Vaccination report Assam 1896-1927 - 1896-1927
Year: 1896
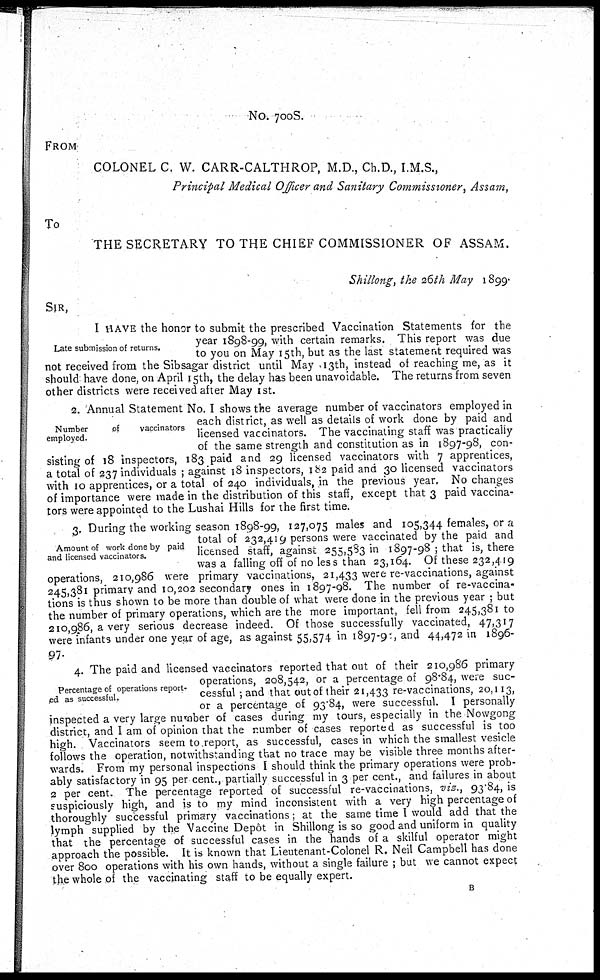
No. 700S.
FROM
COLONEL C. W. CARR-CALTHROP, M.D., Ch.D., I.M.S.,
Principal Medical Officer and Sanitary Commissioner, Assam,
To
THE SECRETARY TO THE CHIEF COMMISSIONER OF ASSAM.
Shillong, the 26th May 1899.
SIR,
Late submission of returns.
I HAVE the honor to submit the prescribed Vaccination Statements for the
year 1898-99, with certain remarks. This report was due
to you on May 15th, but as the last statement required was
not received from the Sibsagar district until May 13th, instead of reaching me, as it
should have done, on April 15th, the delay has been unavoidable. The returns from seven
other districts were received after May 1st.
Number
of
vaccinators
employed.
2. Annual Statement No. I shows the average number of vaccinators employed in
each district, as well as details of work done by paid and
licensed vaccinators. The vaccinating staff was practically
of the same strength and constitution as in 1897-98, con-
sisting of 18 inspectors, 183 paid and 29 licensed vaccinators with 7 apprentices,
a total of 237 individuals ; against 18 inspectors, 182 paid and 30 licensed vaccinators
with 10 apprentices, or a total of 240 individuals, in the previous year. No changes
of importance were made in the distribution of this staff, except that 3 paid vaccina-
tors were appointed to the Lushai Hills for the first time.
Amount of work done by paid
and licensed vaccinators.
3. During the working season 1898-99, 127,075 males and 105,344 females, or a
total of 232,419 persons were vaccinated by the paid and
licensed staff, against 255,583 in 1897-98 ; that is, there
was a falling off of no less than 23,164. Of these 232,419
operations, 210,986 were primary vaccinations, 21,433 were re-vaccinations, against
245,381 primary and 10,202 secondary ones in 1897-98. The number of re-vaccina-
tions is thus shown to be more than double of what were done in the previous year ; but
the number of primary operations, which are the more important, fell from 245,381 to
210,986, a very serious decrease indeed. Of those successfully vaccinated, 47,317
were infants under one year of age, as against 55,574 in 1897-98, and 44,472 in 1896-
97.
Percentage of operations report-
ed as successful.
4. The paid and licensed vaccinators reported that out of their 210,986 primary
operations, 208,542, or a percentage of 98.84, were suc-
cessful ; and that out of their 21,433 re-vaccinations, 20,113,
or a percentage of 93.84, were successful. I personally
inspected a very large number of cases during my tours, especially in the Nowgong
district, and I am of opinion that the number of cases reported as successful is too
high. Vaccinators seem to report, as successful, cases in which the smallest vesicle
follows the operation, notwithstanding that no trace may be visible three months after-
wards. From my personal inspections I should think the primary operations were prob-
ably satisfactory in 95 per cent., partially successful in 3 per cent., and failures in about
2 per cent. The percentage reported of successful re-vaccinations, viz., 93.84, is
suspiciously high, and is to my mind inconsistent with a very high percentage of
thoroughly successful primary vaccinations; at the same time I would add that the
lymph supplied by the Vaccine Depôt in Shillong is so good and uniform in quality
that the percentage of successful cases in the hands of a skilful operator might
approach the possible. It is known that Lieutenant-Colonel R. Neil Campbell has done
over 800 operations with his own hands, without a single failure ; but we cannot expect
the whole of the vaccinating staff to be equally expert.
B